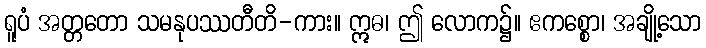
ရူပံ အတ္တတော သမနုပဿတီတိ-ကား။ ဣဓ၊ ဤ လောက၌။ ဧကစ္စော၊ အချို့သော